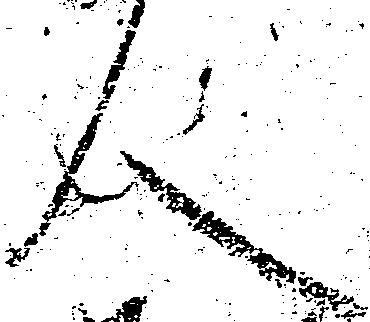
人